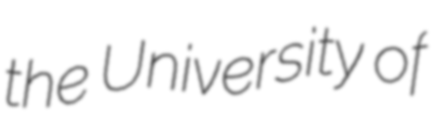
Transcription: the University of